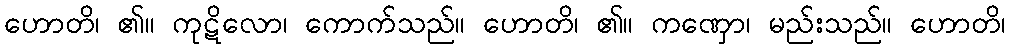
ဟောတိ၊ ၏။ ကုဋိလော၊ ကောက်သည်။ ဟောတိ၊ ၏။ ကဏှော၊ မည်းသည်။ ဟောတိ၊